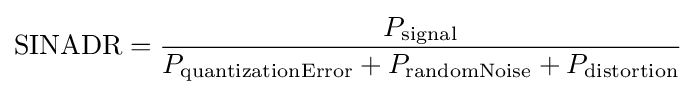
\mathrm {SINADR} ={\frac {P_{\mathrm {signal} }}{P_{\mathrm {quantizationError} }+P_{\mathrm {randomNoise} }+P_{\mathrm {distortion} }}}